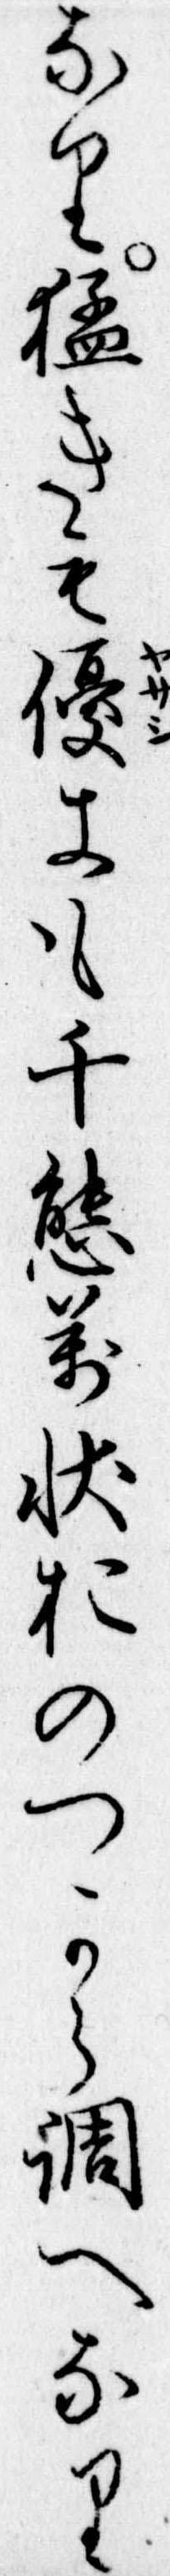
なり猛きも優きも千態万状おのつから調へなり